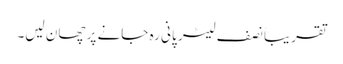
تقریباً نصف لیٹر پانی رہ جانے پر چھان لیں۔